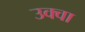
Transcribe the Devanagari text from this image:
उक्वा